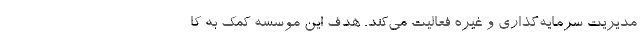
مدیریت سرمایه‌گذاری و غیره فعالیت می‌کند. هدف این موسسه کمک به کا